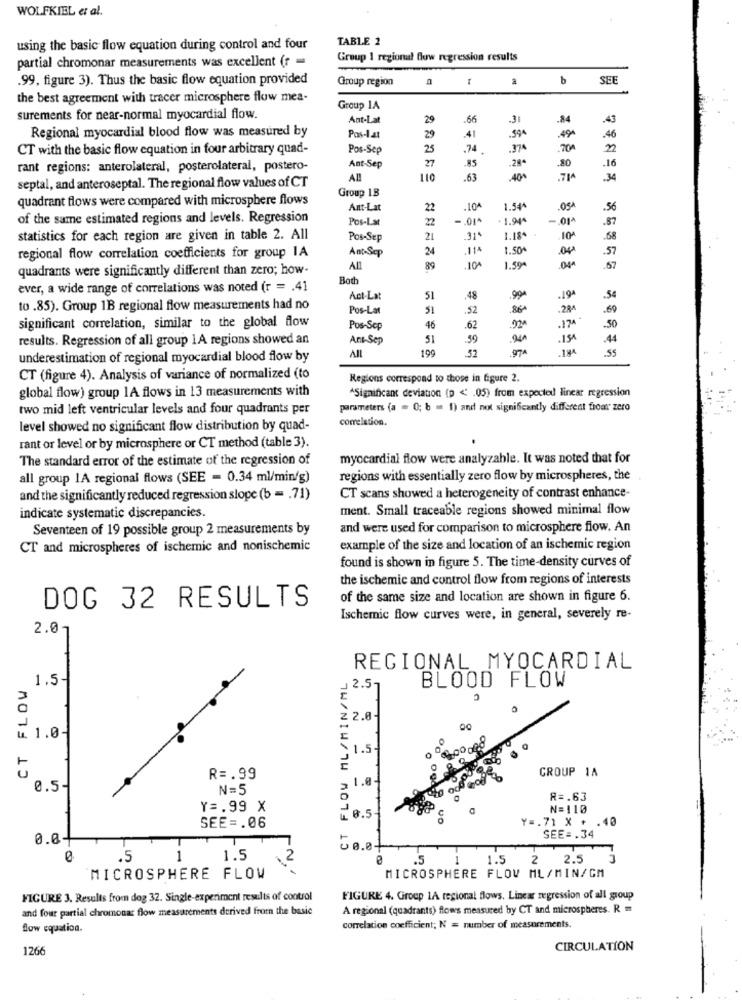
WOLFKIEL et al.
TABLE 2
using the basic flow equation during control and four
partial chromonar measurements was excellent (r =
Group 1 regional flow regression results
-
.99, figure 3). Thus the basic flow equation provided
Group region
b
SEE
the best agreement with tracer microsphere flow mea-
Group IA
surements for near-normal myocardial flow.
Ant-Lat
29
.66
-3
.84
.43
.41
594
Regional myocardial blood flow was measured by
Pos-lat
29
.494
.46
CT with the basic flow equation in four arbitrary quad-
Pos-Sep
25
.74
.374
.704
27
.85
.28+
.80
rant regions: anterolateral, posterolateral, postero-
Ant-Sep
.16
A !!
110
.63
.40
.714
34
septal, and anteroseptal. The regional flow values of CT
quadrant flows were compared with microsphere flows
Group 18
Ant-Lat
22
.104
1.54^
.OSA
.56
of the same estimated regions and levels. Regression
Pos-Lat
2
.01^
- 1.944
.87
statistics for each region are given in table 2. All
Pos-Sep
21
.31
1.184
104
.68
Ant-Sep
24
114
1.50%
.57
regional flow correlation coefficients for group IA
quadrants were significantly different than zero; how-
All
89
10^
1.59ª
.67
Both
ever, a wide range of correlations was noted (r = . 41
Act-Lat
51
48
.90
5
to .85). Group 1B regional flow measurements had no
Pos-Lat
51
.52
.86
.284
.69
.17
significant correlation, similar to the global flow
Pos-Scp
46
.62
.50
results. Regression of all group 1A regions showed an
Ant-Sep
51
59
.154
.44
AIL
199
52
underestimation of regional myocardial blood flow by
CT (figure 4). Analysis of variance of normalized (to
Regions correspond to those in figure 2.
global flow) group 1A flows in 13 measurements with
ASignificant deviation (p < . 05) from expected linear regression
two mid left ventricular levels and four quadrants per
parameters (a = 0; b = 1) and not significantly different from zero
correlation.
level showed no significant flow distribution by quad-
rant or level or by microsphere or CT method (table 3).
The standard error of the estimate of the regression of
myocardial flow were analyzable. It was noted that for
all group IA regional flows (SEE = 0.34 ml/min/g)
regions with essentially zero flow by microspheres, the
and the significantly reduced regression slope (b = . 71)
CT scans showed a heterogeneity of contrast enhance-
ment. Small traceable regions showed minimal flow
indicate systematic discrepancies.
Seventeen of 19 possible group 2 measurements by
and were used for comparison to microsphere flow. An
CT and microspheres of ischemic and nonischemie
example of the size and location of an ischemic region
found is shown in figure 5. The time-density curves of
the ischemic and control flow from regions of interests
DOG 32 RESULTS
of the same size and location are shown in figure 6.
Ischemic flow curves were, in general, severely re-
2.07
REGIONAL MYOCARDIAL
1.5-
FLOW ML/MIN/ML
BLOOD FLOW
CT FLOW
2.57
Z 2.0-
৳ 1.0-
1.5
GROUP 1A
R =. 99
-
0.5
N=5
R =. 63
Y =. 99 X
N=110
7 0.5
Y =. 71 X + .40
SEE =. 06
0.0-
SEE =. 34
Jø.et
.5
1
1.5
.2
.5
1.5
2.5
MICROSPHERE FLOV ML/MIN/CM
MICROSPHERE FLOW
FIGURE 3. Results from dog 32. Single-experiment results of control
FIGURE 4. Group 1A regional flows, Linear regression of all group
and four partial chromonas flow measurements derived from the basic
A regional (quadrants) flows measured by CT and microspheres. R =
flow equation.
correlation coefficient; N = number of measurements.
126
CIRCULATION